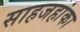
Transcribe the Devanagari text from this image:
साहजहांका